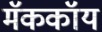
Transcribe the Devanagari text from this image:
मॅककॉय